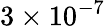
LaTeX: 3\times 10^{-7}